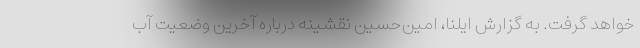
خواهد گرفت. به گزارش ایلنا، امین‌حسین نقشینه درباره آخرین وضعیت آب